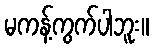
မကန့်ကွက်ပါဘူး။